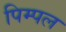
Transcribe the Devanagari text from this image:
पिम्पल